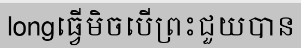
longធ្វើមិចបើព្រះជួយបាន